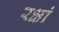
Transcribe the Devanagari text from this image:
रक्षां